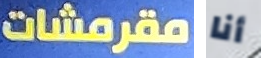
مقرمشات أنا